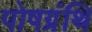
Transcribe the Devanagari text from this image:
पोषग्रंथि